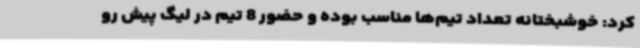
کرد: خوشبختانه تعداد تیم‌ها مناسب بوده و حضور 8 تیم در لیگ پیش رو